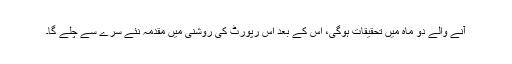
آنے والے دو ماہ میں تحقیقات ہوگی، اس کے بعد اس رپورٹ کی روشنی میں مقدمہ نئے سرے سے چلے گا۔